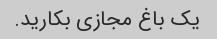
یک باغ مجازی بکارید.